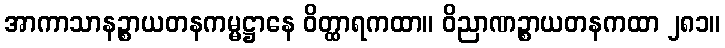
အာကာသာနဉ္စာယတနကမ္မဋ္ဌာနေ ဝိတ္ထာရကထာ။ ဝိညာဏဉ္စာယတနကထာ ၂၈၁။